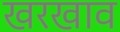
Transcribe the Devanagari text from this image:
खरखाव